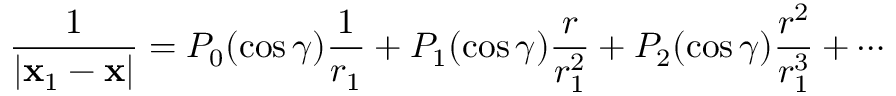
{ \frac { 1 } { | \mathbf { x } _ { 1 } - \mathbf { x } | } } = P _ { 0 } ( \cos \gamma ) { \frac { 1 } { r _ { 1 } } } + P _ { 1 } ( \cos \gamma ) { \frac { r } { r _ { 1 } ^ { 2 } } } + P _ { 2 } ( \cos \gamma ) { \frac { r ^ { 2 } } { r _ { 1 } ^ { 3 } } } + \cdots